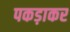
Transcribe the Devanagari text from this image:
पकड़ाकर